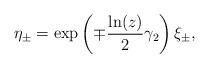
LaTeX: \begin{align*}\eta _{\pm }=\exp \left(\mp \frac{\ln (z)}{2}\gamma _{2}\right)\xi _{\pm },\end{align*}